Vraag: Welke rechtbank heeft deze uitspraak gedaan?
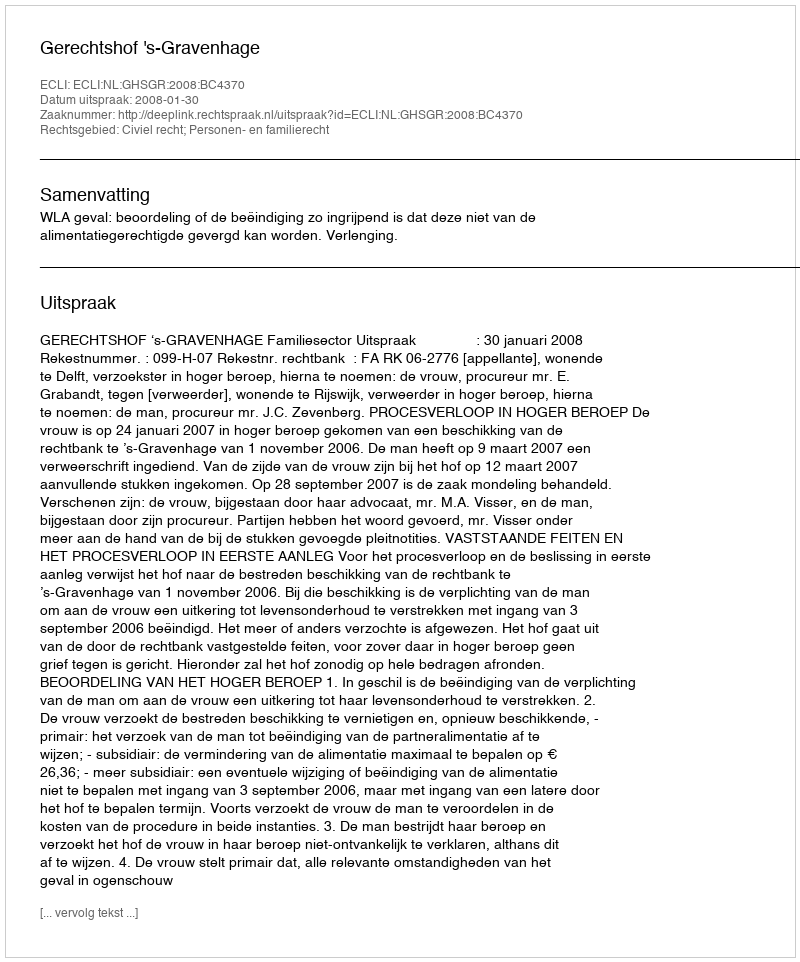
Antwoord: Gerechtshof 's-Gravenhage